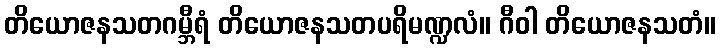
တိယောဇနသတဂမ္ဘီရံ တိယောဇနသတပရိမဏ္ဍလံ။ ဂီဝါ တိယောဇနသတံ။